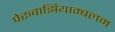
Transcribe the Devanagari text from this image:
पेरूवाझियाम्बलम